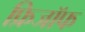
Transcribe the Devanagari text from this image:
फ्रिजॉफ